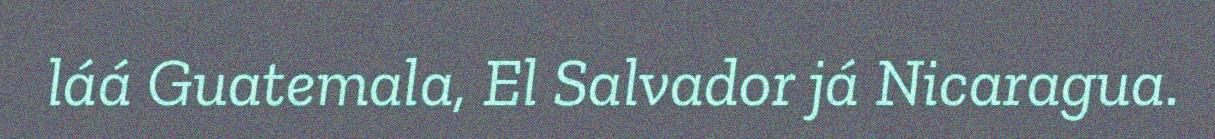
láá Guatemala, El Salvador já Nicaragua.